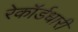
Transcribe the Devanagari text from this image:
रेकॉर्डधारी